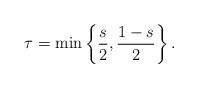
LaTeX: \begin{align*}\tau=\min\left\{\frac{s}{2},\frac{1-s}{2}\right\}.\end{align*}